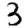
Digit: 3